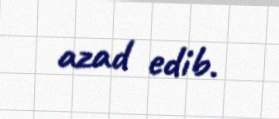
azad edib.